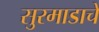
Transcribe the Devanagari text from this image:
सुरमाडाचे